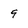
Character: 9